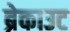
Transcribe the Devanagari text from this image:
ब्रेकाउट